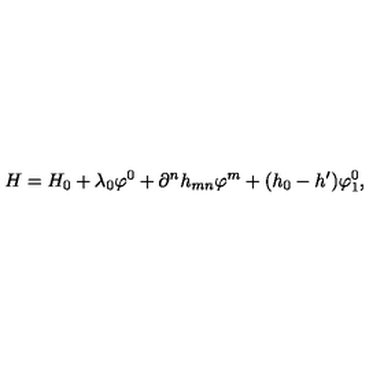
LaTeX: H = H _ { 0 } + \lambda _ { 0 } \varphi ^ { 0 } + \partial ^ { n } h _ { m n } \varphi ^ { m } + ( h _ { 0 } - h ^ { \prime } ) \varphi _ { 1 } ^ { 0 } ,